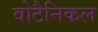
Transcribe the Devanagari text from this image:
वोटैनिकल